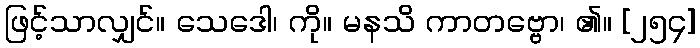
ဖြင့်သာလျှင်။ သေဒေါ၊ ကို။ မနသိ ကာတဗ္ဗော၊ ၏။ [၂၅၄]